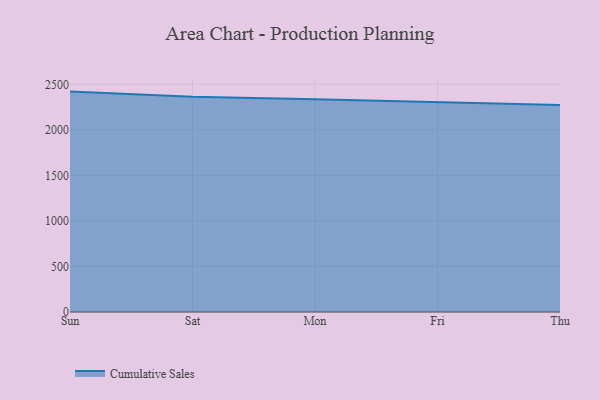
{"axis": {"x": "Day", "y": "LTV (USD)"}, "legend": ["Cumulative Sales"], "data": [{"x": "Sun", "y": 2420.0, "type": "Cumulative Sales"}, {"x": "Sat", "y": 2362.5, "type": "Cumulative Sales"}, {"x": "Mon", "y": 2336.5, "type": "Cumulative Sales"}, {"x": "Fri", "y": 2302.0, "type": "Cumulative Sales"}, {"x": "Thu", "y": 2272.6, "type": "Cumulative Sales"}]}